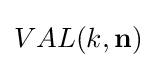
VAL(k,\mathbf {n} )